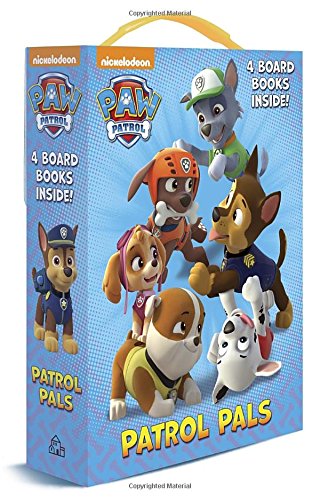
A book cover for Patrol Pals (Paw Patrol) (Friendship Box); Random House; Children's Books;